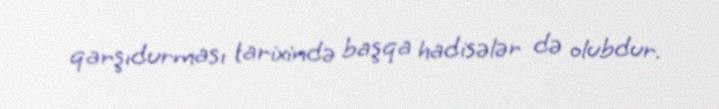
qarşıdurması tarixində başqa hadisələr də olubdur.